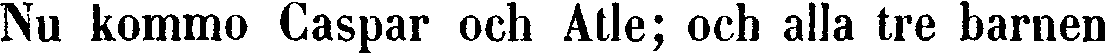
Nu kommo Caspar och Atle; och alla tre barnen